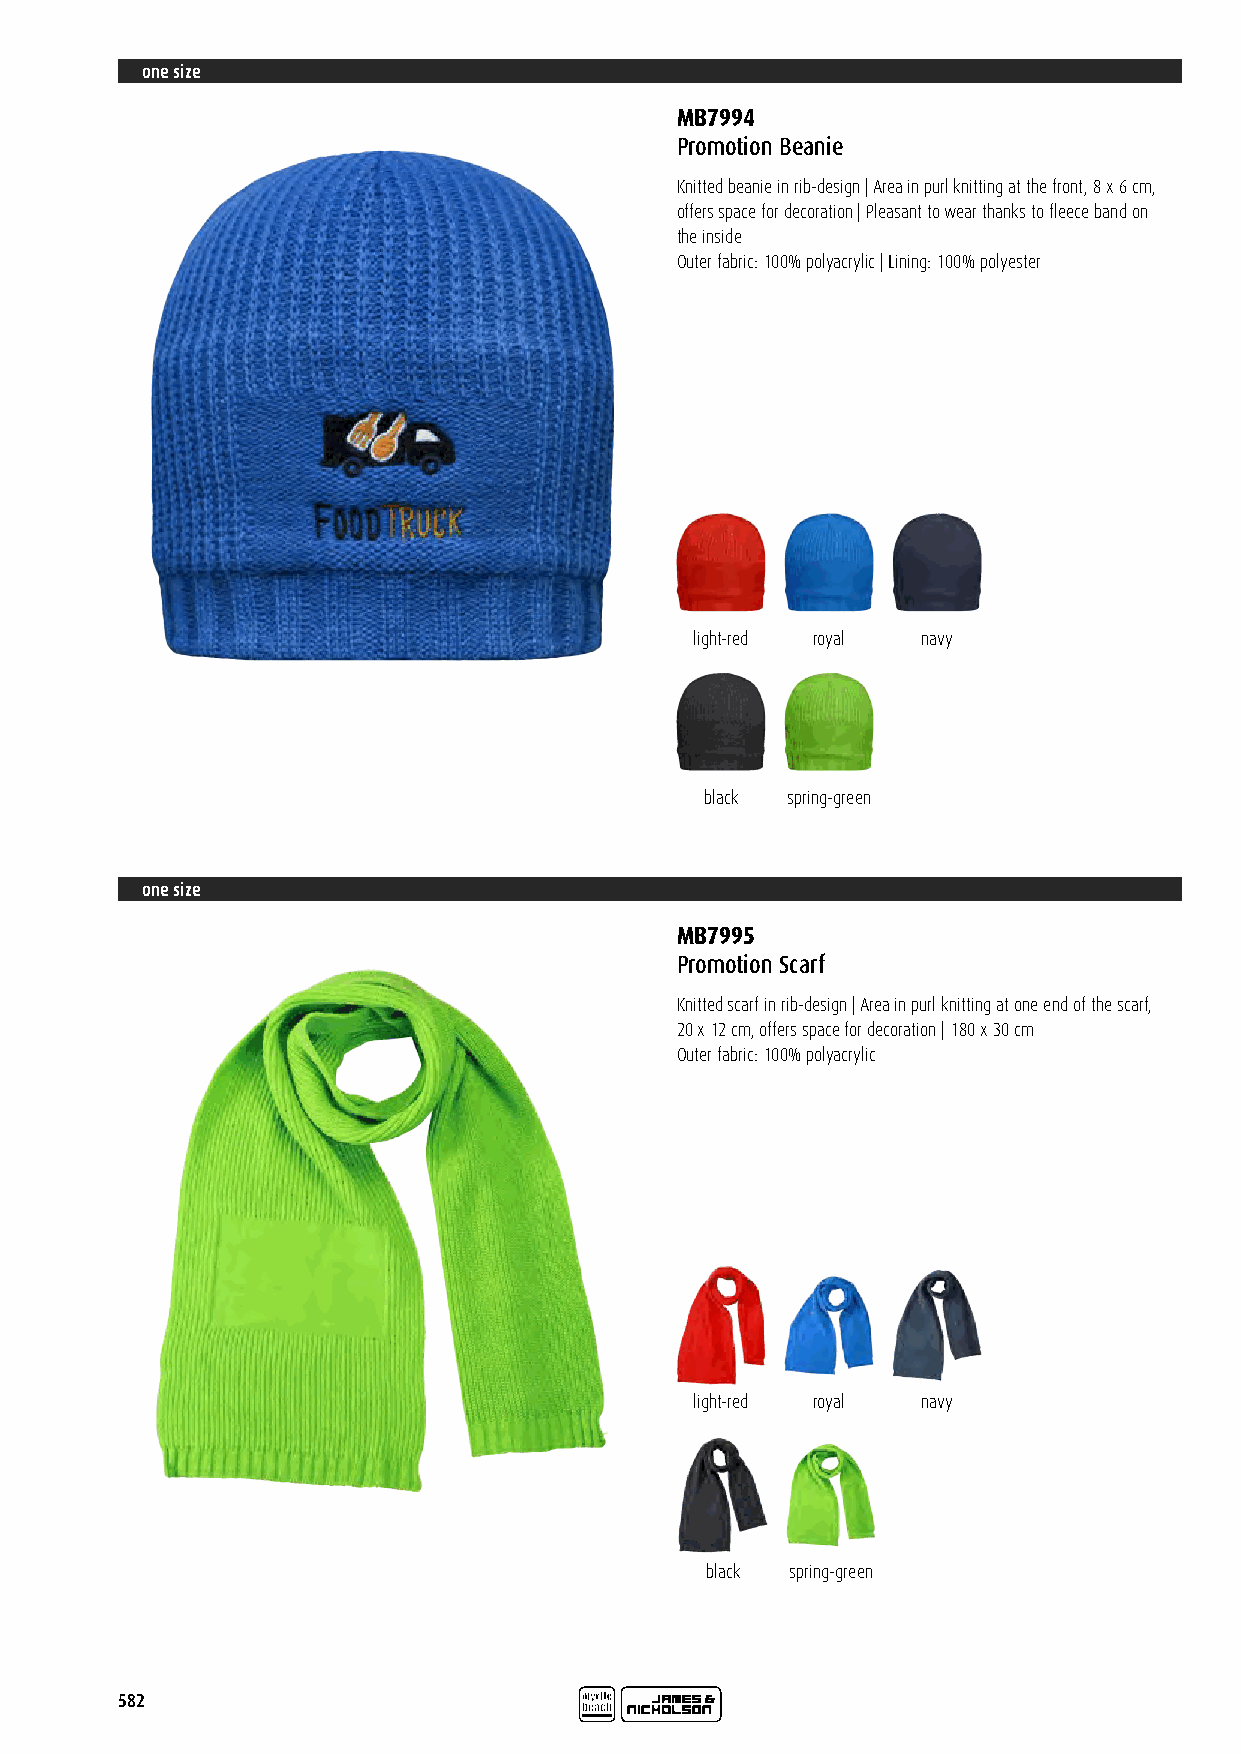
one size
 MB7994
 Promotion Beanie
 Knitted beanie in rib-design | Area in purl knitting at the front, 8 x 6 cm,
 offers space for decoration | Pleasant to wear thanks to fleece band on
 the inside
 Outer fabric: 100% polyacrylic | Lining: 100% polyester
 light-red royal navy
 black spring-green
 one size
 MB7995
 Promotion Scarf
 Knitted scarf in rib-design | Area in purl knitting at one end of the scarf,
 20 x 12 cm, offers space for decoration | 180 x 30 cm
 Outer fabric: 100% polyacrylic
 light-red royal navy
 black spring-green
 582